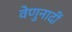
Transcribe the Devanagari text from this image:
वेणुनादीं